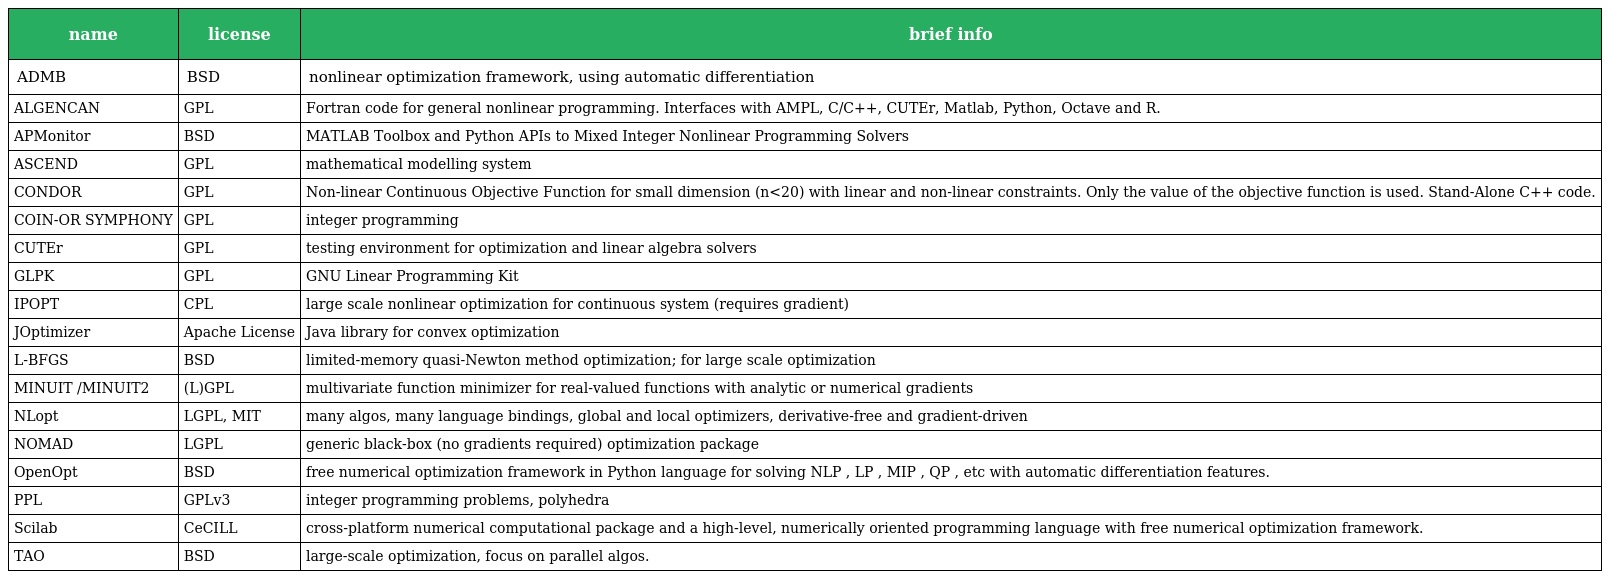
| name | license | brief info |
 | --- | --- | --- |
 | ADMB | BSD | nonlinear optimization framework, using automatic differentiation |
 | ALGENCAN | GPL | Fortran code for general nonlinear programming. Interfaces with AMPL, C/C++, CUTEr, Matlab, Python, Octave and R. |
 | APMonitor | BSD | MATLAB Toolbox and Python APIs to Mixed Integer Nonlinear Programming Solvers |
 | ASCEND | GPL | mathematical modelling system |
 | CONDOR | GPL | Non-linear Continuous Objective Function for small dimension (n<20) with linear and non-linear constraints. Only the value of the objective function is used. Stand-Alone C++ code. |
 | COIN-OR SYMPHONY | GPL | integer programming |
 | CUTEr | GPL | testing environment for optimization and linear algebra solvers |
 | GLPK | GPL | GNU Linear Programming Kit |
 | IPOPT | CPL | large scale nonlinear optimization for continuous system (requires gradient) |
 | JOptimizer | Apache License | Java library for convex optimization |
 | L-BFGS | BSD | limited-memory quasi-Newton method optimization; for large scale optimization |
 | MINUIT /MINUIT2 | (L)GPL | multivariate function minimizer for real-valued functions with analytic or numerical gradients |
 | NLopt | LGPL, MIT | many algos, many language bindings, global and local optimizers, derivative-free and gradient-driven |
 | NOMAD | LGPL | generic black-box (no gradients required) optimization package |
 | OpenOpt | BSD | free numerical optimization framework in Python language for solving NLP , LP , MIP , QP , etc with automatic differentiation features. |
 | PPL | GPLv3 | integer programming problems, polyhedra |
 | Scilab | CeCILL | cross-platform numerical computational package and a high-level, numerically oriented programming language with free numerical optimization framework. |
 | TAO | BSD | large-scale optimization, focus on parallel algos. |